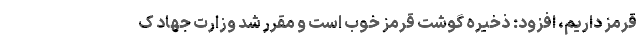
قرمز داریم، افزود: ذخیره گوشت قرمز خوب است و مقرر شد وزارت جهاد ک